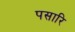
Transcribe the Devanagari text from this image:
पसारि